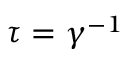
\tau = \gamma ^ { - 1 }